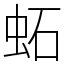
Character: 䖨